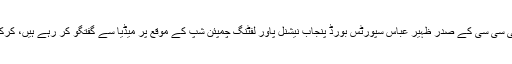
لاہور کی تصاویر، لاہور: آئی سی سی کے صدر ظہیر عباس سپورٹس بورڈ پنجاب نیشنل پاور لفٹنگ چمپئن شپ کے موقع پر میڈیا سے گفتگو کر رہے ہیں، کرکٹر سعید اجمل بھی ہمراہ ہیں۔